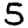
Digit: 5